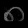
Digit: ၈